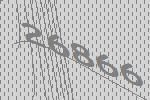
26866